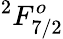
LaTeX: ^2F_{7/2}^{o}